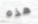
هذه